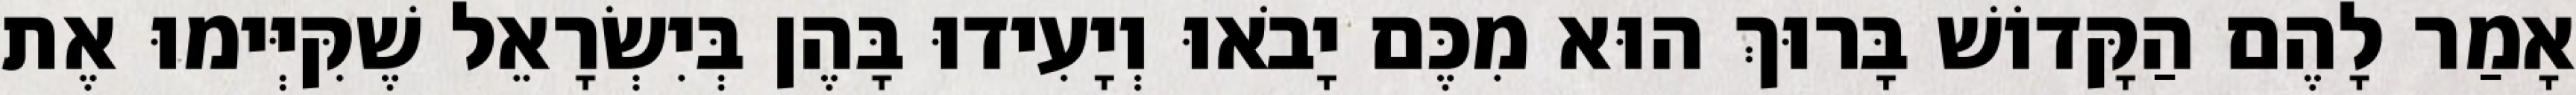
אָמַר לָהֶם הַקָּדוֹשׁ בָּרוּךְ הוּא מִכֶּם יָבֹאוּ וְיָעִידוּ בָּהֶן בְּיִשְׂרָאֵל שֶׁקִּיְּימוּ אֶת